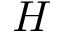
H